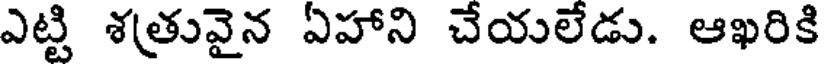
ఎట్టి శత్రువైన ఏహాని చేయలేడు. ఆఖరికి